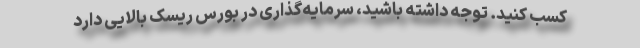
کسب کنید. توجه داشته باشید، سرمایه‌گذاری در بورس ریسک بالایی دارد